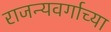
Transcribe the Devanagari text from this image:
राजन्यवर्गाच्या